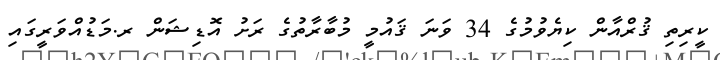
ކީރިތި ޤުރްއާން ކިޔެވުމުގެ 34 ވަނަ ޤައުމީ މުބާރާތުގެ ރަށު އޮޑިޝަން ރ.މަޑުއްވަރީގައި